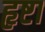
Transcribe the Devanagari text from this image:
हृष्टा